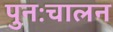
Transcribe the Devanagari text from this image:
पुनःचालन